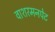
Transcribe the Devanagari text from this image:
वाशरमनपेट